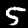
Label: 5